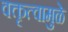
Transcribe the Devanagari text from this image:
वक्तृत्वामुळे